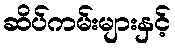
ဆိပ်ကမ်းများနှင့်